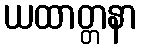
ယထာတ္တနာ